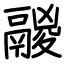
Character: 鬷